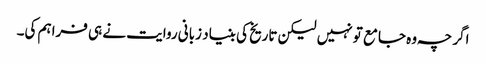
اگر چہ وہ جامع تو نہیں لیکن تاریخ کی بنیاد زبانی روایت نے ہی فراہم کی۔